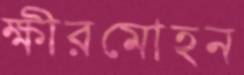
ক্ষীরমোহন